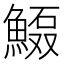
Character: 𲌻